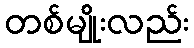
တစ်မျိုးလည်း